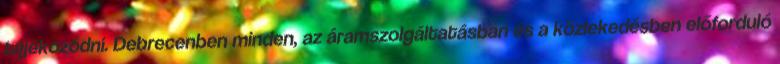
tájékozódni. Debrecenben minden, az áramszolgáltatásban és a közlekedésben előforduló